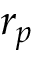
r _ { p }